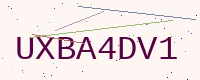
Text: UXBA4DV1